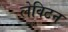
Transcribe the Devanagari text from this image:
लेविटन